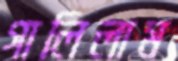
গালিলাম